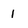
Character: I